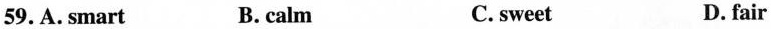
59. A. Smart B. calm C. sweet D. fair